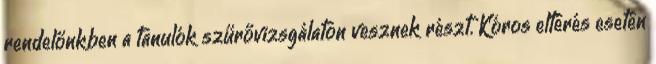
rendelőnkben a tanulók szűrővizsgálaton vesznek részt. Kóros eltérés esetén